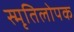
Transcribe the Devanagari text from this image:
स्मृतिलोपक